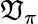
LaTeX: \mathfrak{V}_{\pi}